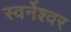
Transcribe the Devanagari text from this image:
स्वर्नेश्वर